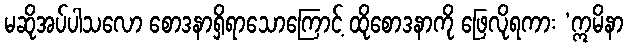
မဆိုအပ်ပါသလော စောဒနာရှိရာသောကြောင့် ထိုစောဒနာကို ဖြေလိုရကား ‘ဣမိနာ